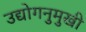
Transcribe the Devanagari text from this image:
उद्योगनुमुखी